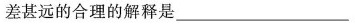
差甚远的合理的解释是__________________